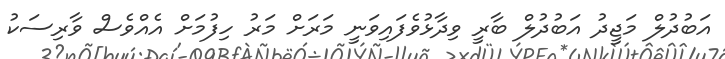
އަބުދުލް މަޖީދު އަބުދުލް ބާރީ ވިދާޅުވެފައިވަނީ މަރަށް މަރު ހިފުމަށް އެއްވެސް ވާރިސަކު